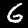
Digit: 6